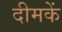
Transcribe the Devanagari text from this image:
दीमकें